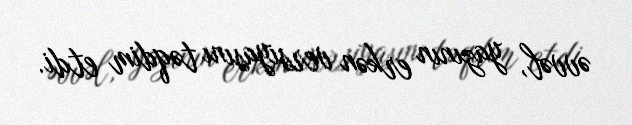
əvvəl, yazının erkən versiyasını təqdim etdi.